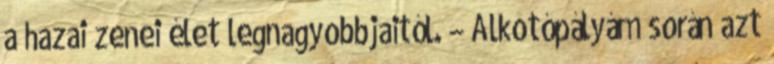
a hazai zenei élet legnagyobbjaitól. – Alkotópályám során azt